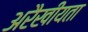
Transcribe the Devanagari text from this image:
अरैखीयता